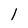
Character: 1